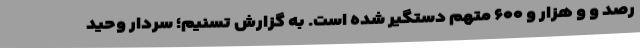
رصد و و هزار و ۶۰۰ متهم دستگیر شده است. به گزارش تسنیم؛ سردار وحید